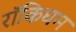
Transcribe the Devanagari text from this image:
रॉकिघम